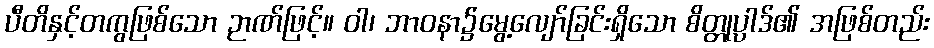
ပီတိနှင့်တကွဖြစ်သော ဉာဏ်ဖြင့်။ ဝါ၊ ဘာဝနာ၌မွေ့လျော်ခြင်းရှိသော စိတ္တုပ္ပါဒ်၏ အဖြစ်တည်း